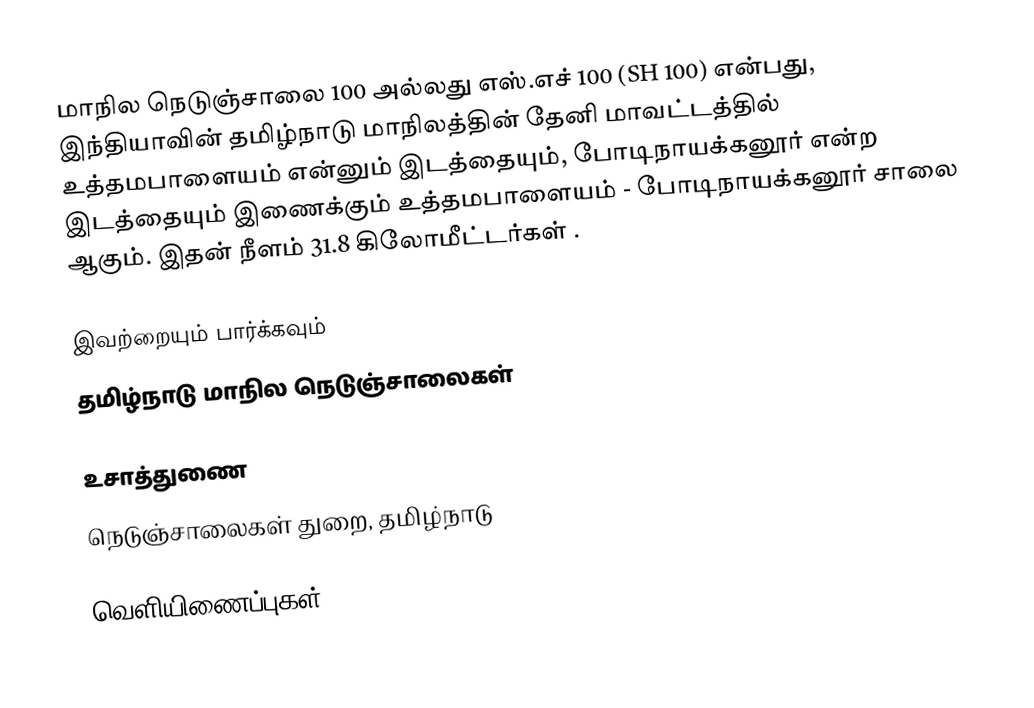
மாநில நெடுஞ்சாலை 100 அல்லது எஸ்.எச் 100 (SH 100) என்பது, இந்தியாவின் தமிழ்நாடு மாநிலத்தின் தேனி மாவட்டத்தில் உத்தமபாளையம் என்னும் இடத்தையும், போடிநாயக்கனூர் என்ற இடத்தையும் இணைக்கும் உத்தமபாளையம் - போடிநாயக்கனூர் சாலை ஆகும். இதன் நீளம் 31.8  கிலோமீட்டர்கள் .

இவற்றையும் பார்க்கவும்
 தமிழ்நாடு மாநில நெடுஞ்சாலைகள்

உசாத்துணை
 நெடுஞ்சாலைகள் துறை, தமிழ்நாடு

வெளியிணைப்புகள்